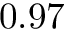
0 . 9 7